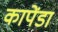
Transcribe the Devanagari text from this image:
कापेंडा